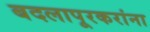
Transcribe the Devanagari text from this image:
बदलापूरकरांना